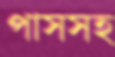
পাসসহ